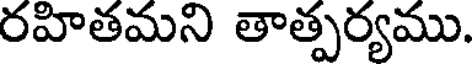
రహితమని తాత్పర్యము.